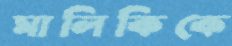
মালিকিকে